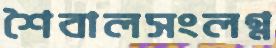
শৈবালসংলগ্ন